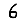
Digit: 6